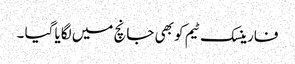
فارینسک ٹیم کو بھی جانچ میں لگایا گیا ۔